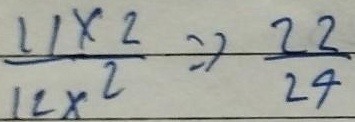
$\frac{11\times2}{12\times2}=\frac{22}{24}$